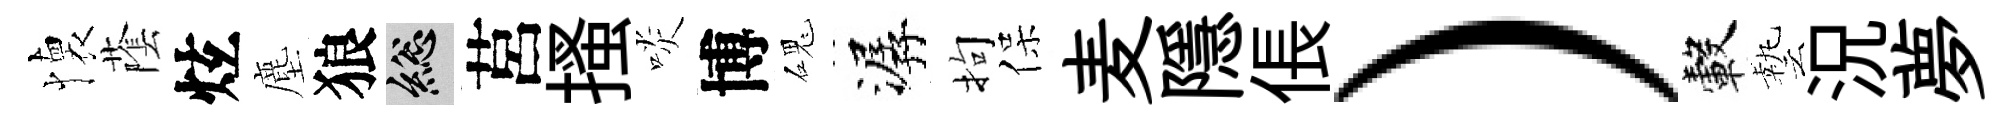
懐䕃炫塵狼總莒搔啖博磈潺拘保麦隱倀）轂藝況夢